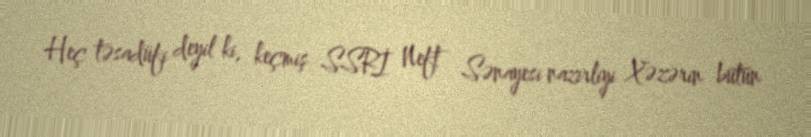
Heç təsadüfi deyil ki, keçmiş SSRİ Neft Sənayesi nazirliyi Xəzərin bütün